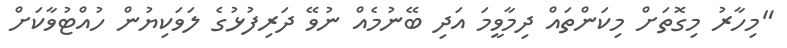
"މިހާރު މިގޮތަށް މިކަންތައް ދިމާވީމަ އަދި ބޭނުމެއް ނުވޭ ދަރިފުޅުގެ ލަވަކިޔުން ހުއްޓުވާކަށް